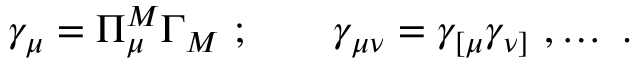
\gamma _ { \mu } = \Pi _ { \mu } ^ { M } \Gamma _ { M } \ ; \qquad \gamma _ { \mu \nu } = \gamma _ { [ \mu } \gamma _ { \nu ] } \ , \ldots \ .